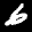
Label: 6